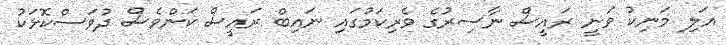
އަލި މަނިކު ވަނީ ރައީސް ނާސިރުގެ ވެރިކަމުގައި ނައިބް ރައީސް ކަންވެސް ދުވަސްކޮޅަކު